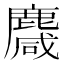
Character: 麙